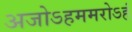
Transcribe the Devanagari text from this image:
अजोऽहममरोऽहं